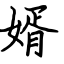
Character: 婿